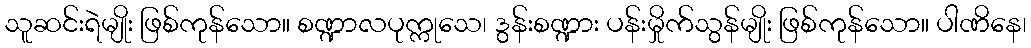
သူဆင်းရဲမျိုး ဖြစ်ကုန်သော။ စဏ္ဍာလပုက္ကုသေ၊ ဒွန်းစဏ္ဍား ပန်းမှိုက်သွန်မျိုး ဖြစ်ကုန်သော။ ပါဏိနေ၊